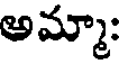
అమ్మా: